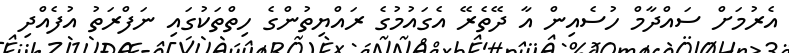
އެރުމަށް ސައްދާމް ހުސެއިން އާ ދޭތެރޭ އެގައުމުގެ ރައްޔިތުންގެ ހިތްތަކުގައި ނަފްރަތު އުފެއްދި